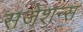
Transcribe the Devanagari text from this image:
सजेशन्स